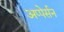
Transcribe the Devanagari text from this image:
अप्पेर्सन